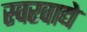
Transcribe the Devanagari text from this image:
स्वरवाद्ये